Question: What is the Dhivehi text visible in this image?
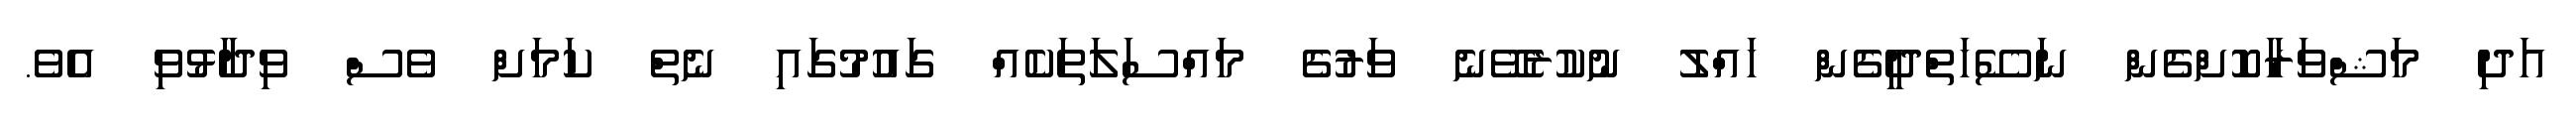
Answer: އަދި މަޝްވަރާކޮށްގެން ނަސޭހަތްދީގެން ހައްލު ނުކުރެވޭނެ ވަރުގެ މައްސަލަތަކެއް ގައުމުގައި ނެތް ކަމަށް ވެސް ވިދާޅުވި އެވެ.